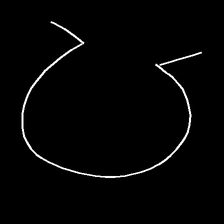
Glyph: weave